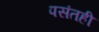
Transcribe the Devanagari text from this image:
पसंतही